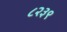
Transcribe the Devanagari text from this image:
८२३९